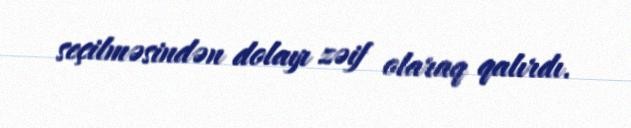
seçilməsindən dolayı zəif olaraq qalırdı.